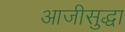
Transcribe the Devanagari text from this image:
आजीसुद्धा